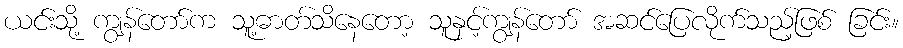
ယင်းသို့ ကျွန်တော်က သူ့ဓာတ်သိနေတော့ သူနှင့်ကျွန်တော် အဆင်ပြေလိုက်သည့်ဖြစ် ခြင်း။